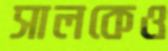
সালকেও